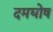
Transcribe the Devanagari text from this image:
दमघोष